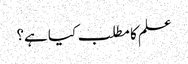
علم کا مطلب کیا ہے؟